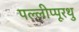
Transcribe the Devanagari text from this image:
पल्लीप्पूरथु